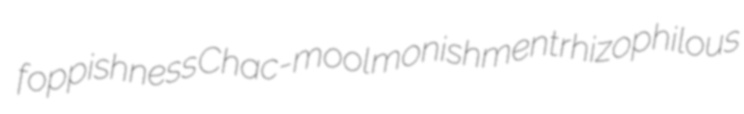
foppishness Chac-mool monishment rhizophilous